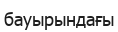
бауырындағы